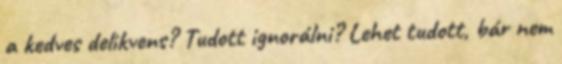
a kedves delikvens? Tudott ignorálni? Lehet tudott, bár nem